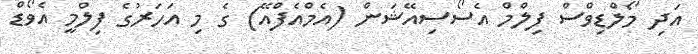
އަދި މޯލްޑިވްސް ފިލްމް އެސޯސިއޭޝަން (އެމްއެފްއޭ) ގެ މި އަހަރުގެ ފިލްމީ އެވޯޑް